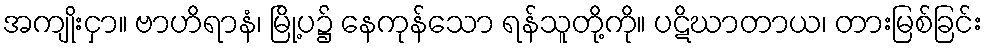
အကျိုးငှာ။ ဗာဟိရာနံ၊ မြို့ပ၌ နေကုန်သော ရန်သူတို့ကို။ ပဋိဃာတာယ၊ တားမြစ်ခြင်း